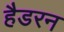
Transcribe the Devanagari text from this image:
हैडरन